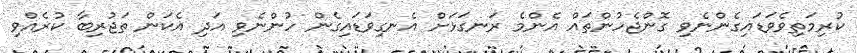
ކުރިމަތިވެވަޑައިގެންނެވި ގޮންޖެހުންތައް އެންމެ ރަނގަޅަށް އެނގިވަޑައިގެން ހުންނެވި އަދި އެކަން ތަޖުރިބާ ކުރެއްވި